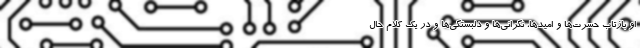
او بازتاب حسرت‌ها و امیدها، نگرانی‌ها و دلبستگی‌ها و در یک کلام حال